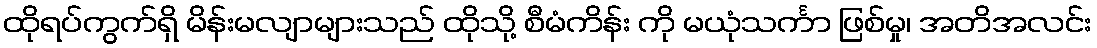
ထိုရပ်ကွက်ရှိ မိန်းမလျာများသည် ထိုသို့ စီမံကိန်း ကို မယုံသင်္ကာ ဖြစ်မှု၊ အတိအလင်း